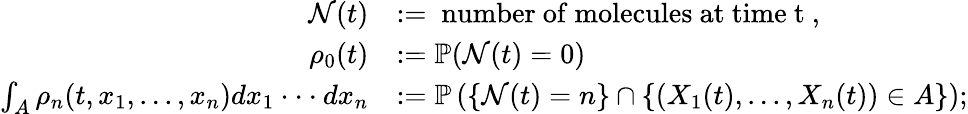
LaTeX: \begin{array}{rl}{\mathcal{N}(t)}&{:=\mathrm{~number~of~molecules~at~time~t~},}\\ {\rho_{0}(t)}&{:=\mathbb{P}(\mathcal{N}(t)=0)}\\ {\int_{A}\rho_{n}(t,x_{1},...,x_{n})dx_{1}\cdot\cdot\cdot dx_{n}}&{:=\mathbb{P}\left(\{ \mathcal{N}(t)=n\} \cap\{ (X_{1}(t),...,X_{n}(t))\in A\} \right);}\end{array}